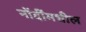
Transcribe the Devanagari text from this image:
नोंदींमधील